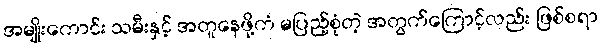
အမျိုးကောင်း သမီးနှင့် အတူနေဖို့ကံ မပြည့်စုံတဲ့ အတွက်ကြောင့်လည်း ဖြစ်စရာ